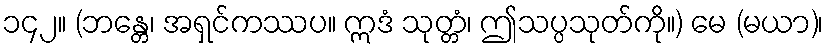
၁၄၂။ (ဘန္တေ၊ အရှင်ကဿပ။ ဣဒံ သုတ္တံ၊ ဤသပ္ပသုတ်ကို။) မေ (မယာ)၊